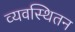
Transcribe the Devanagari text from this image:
व्यवस्थितन